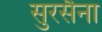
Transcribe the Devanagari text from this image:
सुरसैना